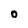
Character: O